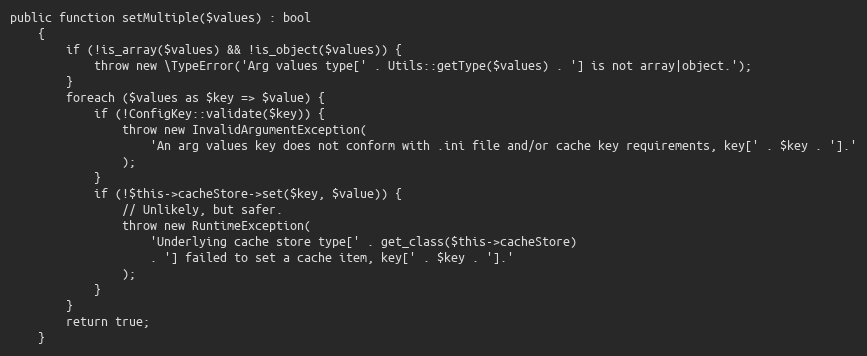
Language: PHP
public function setMultiple($values) : bool
    {
        if (!is_array($values) && !is_object($values)) {
            throw new \TypeError('Arg values type[' . Utils::getType($values) . '] is not array|object.');
        }
        foreach ($values as $key => $value) {
            if (!ConfigKey::validate($key)) {
                throw new InvalidArgumentException(
                    'An arg values key does not conform with .ini file and/or cache key requirements, key[' . $key . '].'
                );
            }
            if (!$this->cacheStore->set($key, $value)) {
                // Unlikely, but safer.
                throw new RuntimeException(
                    'Underlying cache store type[' . get_class($this->cacheStore)
                    . '] failed to set a cache item, key[' . $key . '].'
                );
            }
        }
        return true;
    }